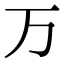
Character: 万